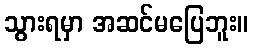
သွားရမှာ အဆင်မပြေဘူး။